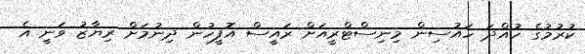
ކުރުމުގެ ހުއްދަ ހައުސިން މިނިސްޓްރީއަށް ރައީސް އޮފީހުން ދިނުމަށް ރިޔާޒު ވަނީ އެ